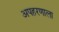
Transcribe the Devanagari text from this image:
अपहरणाला